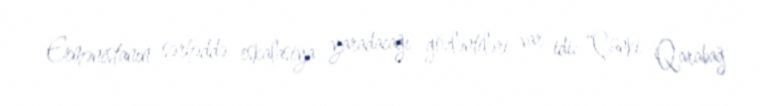
Ermənistanın sərhəddə eskalasiya yaradacağı gözləntiləri var idi: “Çünki Qarabağ